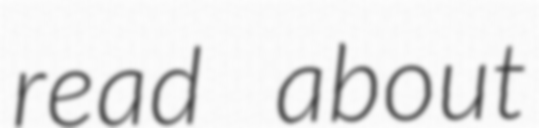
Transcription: read about